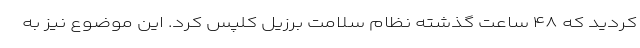
کردید که ۴۸ ساعت گذشته نظام سلامت برزیل کلپس کرد. این موضوع نیز به